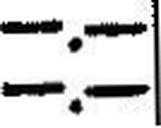
—.—